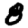
Digit: 8